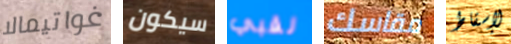
غواتيمالا سيكون لقبي مقاسك لإسقاط